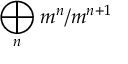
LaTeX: \bigoplus _ { n } m ^ { n } / m ^ { n + 1 }